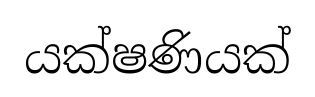
යක්ෂණියක්